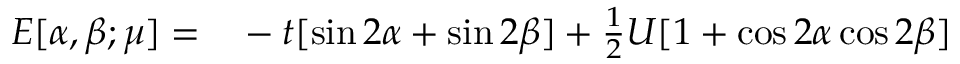
\begin{array} { r l } { E [ \alpha , \beta ; \mu ] = } & { { } - t [ \sin 2 \alpha + \sin 2 \beta ] + \frac { 1 } { 2 } U [ 1 + \cos 2 \alpha \cos 2 \beta ] } \end{array}